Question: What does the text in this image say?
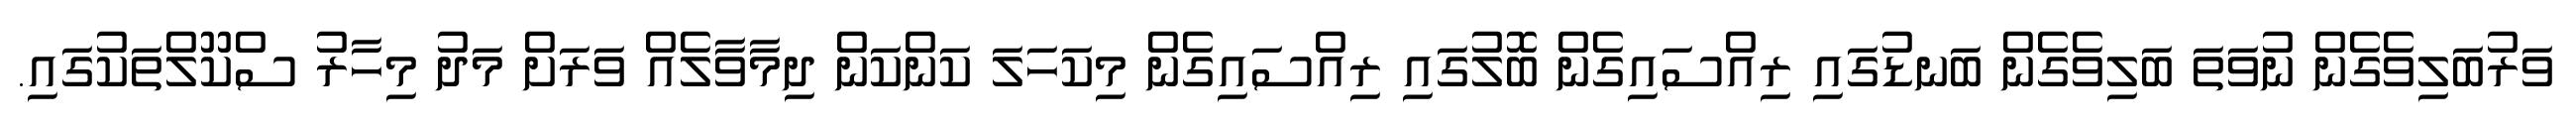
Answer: ވަރުބަލިވެގެން ނުވަތަ ބަލިވެގެން ބަނޑުގައި ރިއްސައިގެން ބޮލުގައި ރިއްސައިގެން މިކަހަލަ ކަންކަން ދިމާވާލެއް ވަރަށް މަދު މިހާރު ސްކޫލްތަކުގައި.